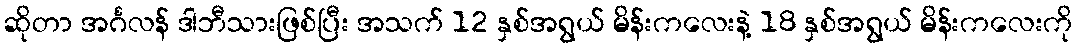
ဆိုတာ အင်္ဂလန် ဒါဘီသားဖြစ်ပြီး အသက် 12 နှစ်အရွယ် မိန်းကလေးနဲ့ 18 နှစ်အရွယ် မိန်းကလေးကို